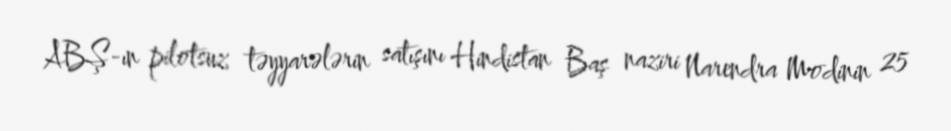
ABŞ-ın pilotsuz təyyarələrin satışını Hindistan Baş naziri Narendra Modinin 25